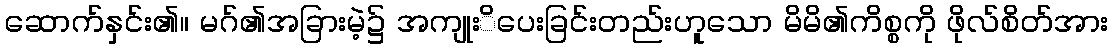
ဆောက်နှင်း၏။ မဂ်၏အခြားမဲ့၌ အကျုးိပေးခြင်းတည်းဟူသော မိမိ၏ကိစ္စကို ဖိုလ်စိတ်အား